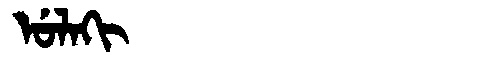
Manchu: ᡠᠯᠠᡴᡳ
Romanization: ULAKI